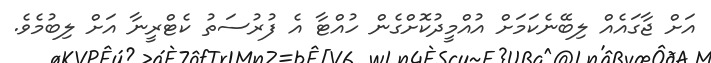
އަށް ޖާގައެއް ލިބޭނެކަމަށް އުއްމީދުކޮށްގެން ހުއްޓާ އެ ފުރުސަތު ކެޓްރީނާ އަށް ލިބުމެވެ.